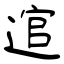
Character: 逭